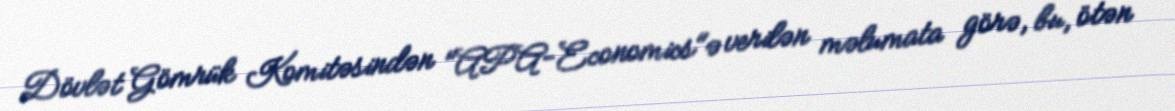
Dövlət Gömrük Komitəsindən "APA-Economics"ə verilən məlumata görə, bu, ötən